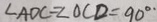
\angle A D C = \angle O C D = 9 0 ^ { \circ } .